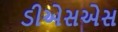
ડીએસએસ